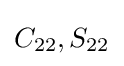
C_{22},S_{22}